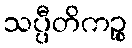
သပ္ပီတိကဉ္စ